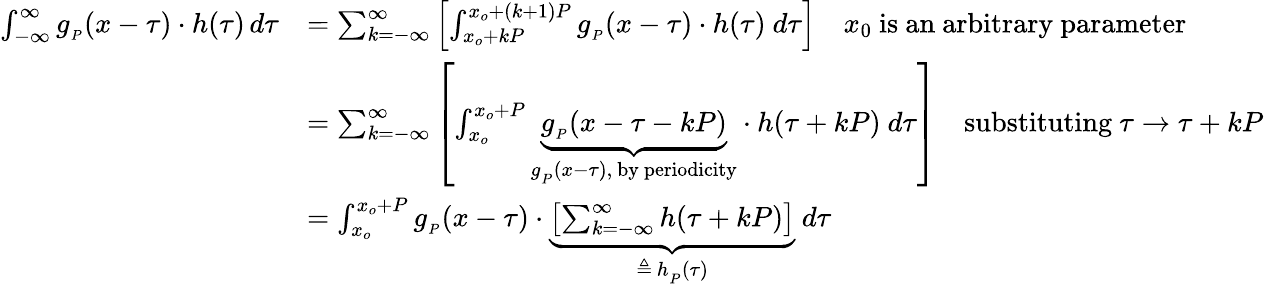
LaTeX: {\begin{array}{rl}{\int_{-\infty}^{\infty}g_{_{P}}(x-\tau)\cdot h(\tau)\, d\tau}&{=\sum_{k=-\infty}^{\infty}\left[\int_{x_{o}+kP}^{x_{o}+(k+1)P}g_{_{P}}(x-\tau)\cdot h(\tau)\ d\tau\right]\quad x_{0}{\mathrm{~is~an~arbitrary~parameter}}}\\ &{=\sum_{k=-\infty}^{\infty}\left[\int_{x_{o}}^{x_{o}+P}\underbrace{g_{_{P}}(x-\tau-kP)}_{g_{_{P}}(x-\tau),{\mathrm{~by~periodicity}}}\cdot h(\tau+kP)\ d\tau\right]\quad{\mathrm{substituting~}}\tau\rightarrow\tau+kP}\\ &{=\int_{x_{o}}^{x_{o}+P}g_{_{P}}(x-\tau)\cdot\underbrace{\left[\sum_{k=-\infty}^{\infty}h(\tau+kP)\right]}_{\triangleq\ h_{_{P}}(\tau)}\ d\tau}\end{array}}